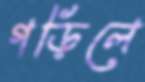
গড়িলে